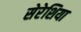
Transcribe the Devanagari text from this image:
सेरेशिया